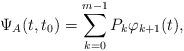
LaTeX: \begin{align*}\Psi_A(t,t_0)=\sum_{k=0}^{m-1}P_k\varphi_{k+1}(t),\end{align*}